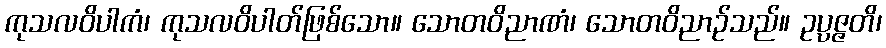
ကုသလဝိပါကံ၊ ကုသလဝိပါတ်ဖြစ်သော။ သောတဝိညာဏံ၊ သောတဝိညာဉ်သည်။ ဥပ္ပဇ္ဇတိ၊